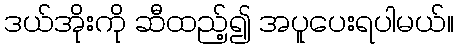
ဒယ်အိုးကို ဆီထည့်၍ အပူပေးရပါမယ်။